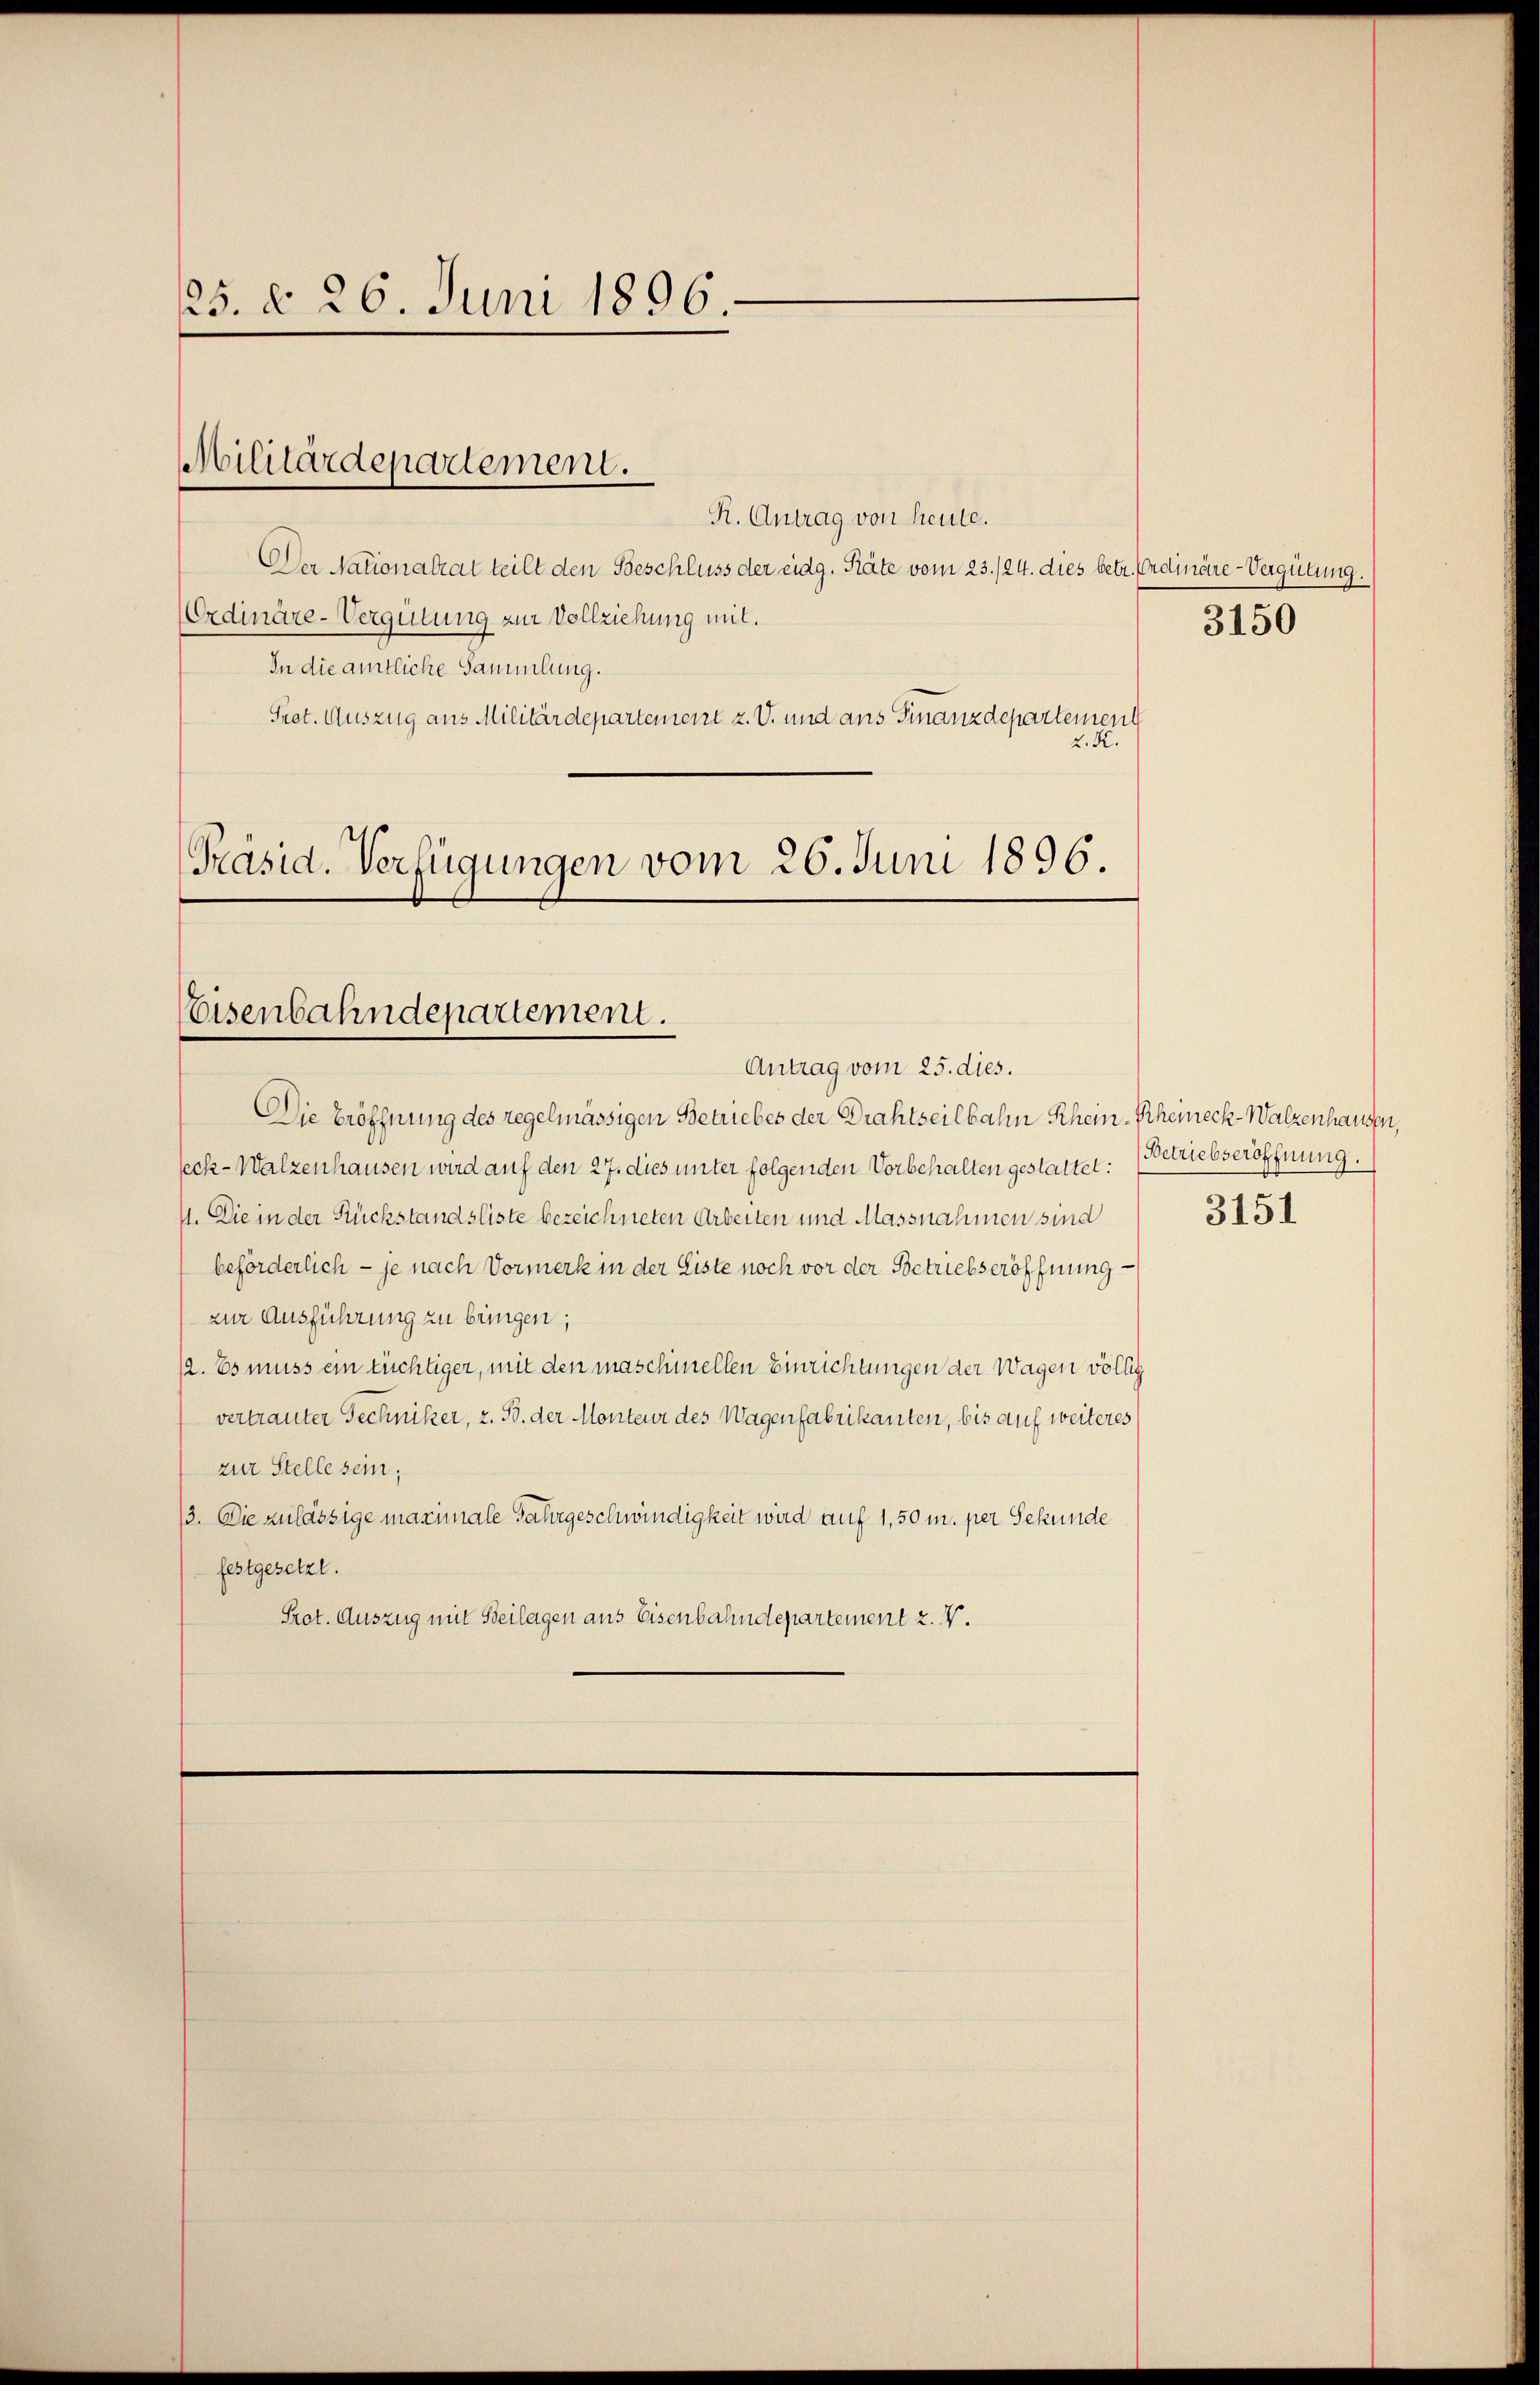
25. d. 26. Juni 1896.

Militärdepartement.

Eisenbahndepartement.
Antrag vom 25. dies.

R. Antrag von heute.
Der Nationalrat teilt den Beschluss der eidg. Räte vom 23./24. dies betr. Erdinäre-Vergütung.
Ordinäre-Vergütung zur Vollziehung mit.
In die amtliche Sammlung.
Pret. Auszug aus Militärdepartement z. V. und aus Finanzdepartement
2. K.
Präsid. Verfügungen vom 26. Juni 1896.

Die Eröffnung des regelmässigen Betriebes der Drahtseilbahn Rhein-Rheineck-Walzenhausen,
seck-Walzenhausen wird auf den 27. dies unter folgenden Vorbehalten gestattet: Betriebseröffnung.
4. Die in der Rückstandsliste bezeichneten Arbeiten und Massnahmen sind
beförderlich - je nach Vormerk in der Eiste noch vor der Betriebseröffnung
zur Ausführung zu bringen;
12. Es muss ein tüchtiger, mit den maschinellen Einrichtungen der Wagen völlig
vertrauter Techniker, z. B. der Monteur des Wagenfabrikanten, bis auf weiteres
zur Stelle sein;
13. Die zulässige maximale Fahrgeschwindigkeit wird auf 1,50 m. per Sekunde
festgesetzt.
Prot. Auszug mit Beilagen aus Eisenbahndepartement z. B.

3150

3151